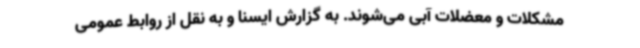
مشکلات و معضلات آبی می‌شوند. به گزارش ایسنا و به نقل از روابط عمومی